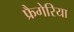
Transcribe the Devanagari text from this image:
फ्रैगेरिया